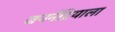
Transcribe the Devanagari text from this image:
जननेंद्रियाला